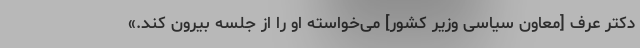
دکتر عرف [معاون سیاسی وزیر کشور] می‌خواسته او را از جلسه بیرون کند.»